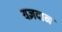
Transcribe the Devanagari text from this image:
यज्ञदान